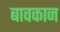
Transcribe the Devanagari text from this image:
बावकान